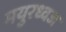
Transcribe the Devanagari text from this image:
मयुरध्वज